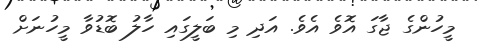
މީހުންގެ ޖާގަ އޮވެ އެވެ. އަދި މި ބަލީގައި ހާލު ބޮޑުވާ މީހުނަށް